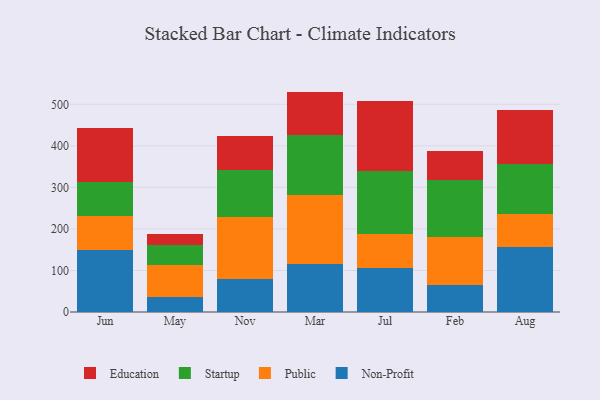
{"axis": {"x": "Month", "y": "Temperature (°C)"}, "legend": ["Education", "Non-Profit", "Public", "Startup"], "data": [{"x": "Jun", "y": 148.2, "type": "Non-Profit"}, {"x": "Jun", "y": 82.6, "type": "Public"}, {"x": "Jun", "y": 81.3, "type": "Startup"}, {"x": "Jun", "y": 130.7, "type": "Education"}, {"x": "May", "y": 36.2, "type": "Non-Profit"}, {"x": "May", "y": 77.9, "type": "Public"}, {"x": "May", "y": 48.3, "type": "Startup"}, {"x": "May", "y": 25.0, "type": "Education"}, {"x": "Nov", "y": 79.5, "type": "Non-Profit"}, {"x": "Nov", "y": 150.4, "type": "Public"}, {"x": "Nov", "y": 111.2, "type": "Startup"}, {"x": "Nov", "y": 82.6, "type": "Education"}, {"x": "Mar", "y": 115.2, "type": "Non-Profit"}, {"x": "Mar", "y": 166.7, "type": "Public"}, {"x": "Mar", "y": 144.3, "type": "Startup"}, {"x": "Mar", "y": 104.4, "type": "Education"}, {"x": "Jul", "y": 106.3, "type": "Non-Profit"}, {"x": "Jul", "y": 80.6, "type": "Public"}, {"x": "Jul", "y": 152.3, "type": "Startup"}, {"x": "Jul", "y": 168.9, "type": "Education"}, {"x": "Feb", "y": 66.0, "type": "Non-Profit"}, {"x": "Feb", "y": 115.7, "type": "Public"}, {"x": "Feb", "y": 136.3, "type": "Startup"}, {"x": "Feb", "y": 70.3, "type": "Education"}, {"x": "Aug", "y": 156.5, "type": "Non-Profit"}, {"x": "Aug", "y": 78.5, "type": "Public"}, {"x": "Aug", "y": 121.0, "type": "Startup"}, {"x": "Aug", "y": 130.6, "type": "Education"}]}